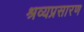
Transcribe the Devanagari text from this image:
श्रव्यप्रसारण